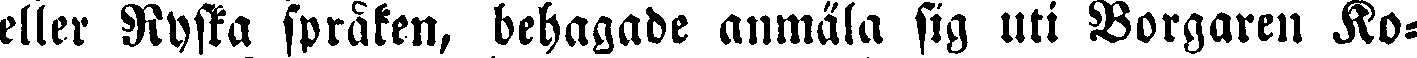
eller Ryska språken, behagade anmäla sig uti Borgaren Ko-